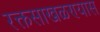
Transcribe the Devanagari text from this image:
रक्तसाखळण्यास